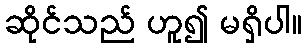
ဆိုင်သည် ဟူ၍ မရှိပါ။